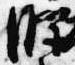
条